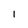
Character: I